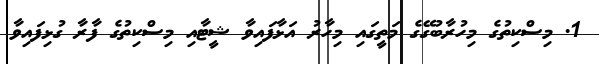
1. މިސްކިތުގެ މިހުރާބުގޭގެ މަތީގައި މިހާރު އަޅާފައިވާ ޝީޓާއި މިސްކިތުގެ ފާރާ ގުޅިފައިވާ